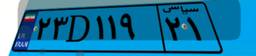
۲۳D۱۱۹۲۱